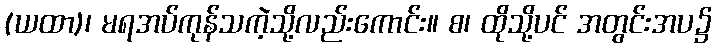
(ယထာ)၊ မရအပ်ကုန်သကဲ့သို့လည်းကောင်း။ စ၊ ထိုသို့ပင် အတွင်းအပ၌